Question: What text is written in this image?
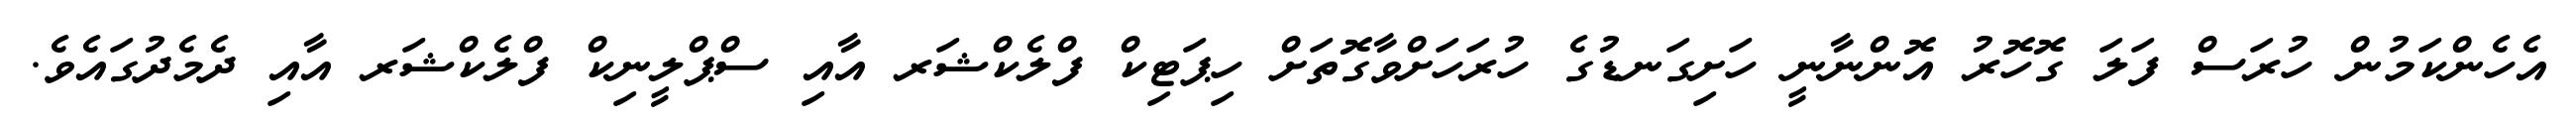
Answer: އެހެންކަމުން ހުރަސް ފަލަ ގޮހޮރު އޮންނާނީ ހަށިގަނޑުގެ ހުރަހަށްވާގޮތަށް ހިޕަޓިކް ފްލެކްޝަރ އާއި ސްޕްލީނިކް ފްލެކްޝަރ އާއި ދެމެދުގައެވެ.